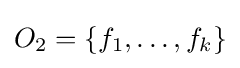
O_{2}=\{f_{1},\ldots ,f_{k}\}